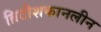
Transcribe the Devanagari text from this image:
ब्रिटीशकानलीन